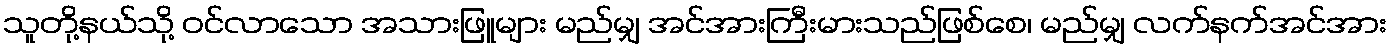
သူတို့နယ်သို့ ဝင်လာသော အသားဖြူများ မည်မျှ အင်အားကြီးမားသည်ဖြစ်စေ၊ မည်မျှ လက်နက်အင်အား